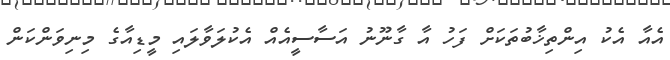
އެއާ އެކު އިންތިޚާބުތަކަށް ފަހު އާ ގާނޫނު އަސާސީއެއް އެކުލަވާލައި މީޑިއާގެ މިނިވަންކަން